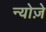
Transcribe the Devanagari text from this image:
न्योज़े